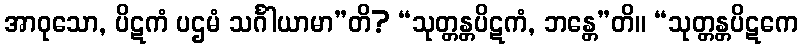
အာဝုသော, ပိဋကံ ပဌမံ သင်္ဂါယာမာ”တိ? “သုတ္တန္တပိဋကံ, ဘန္တေ”တိ။ “သုတ္တန္တပိဋကေ